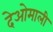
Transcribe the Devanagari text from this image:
देओमाली